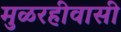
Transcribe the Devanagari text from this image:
मुळरहीवासी